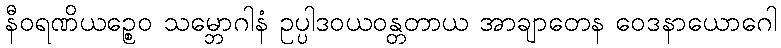
နီဝရဏိယဉ္စေဝ သမ္ဘောဂါနံ ဥပ္ပါဒဝယဝန္တတာယ အာချာတေန ဝေဒနာယောဂေါ